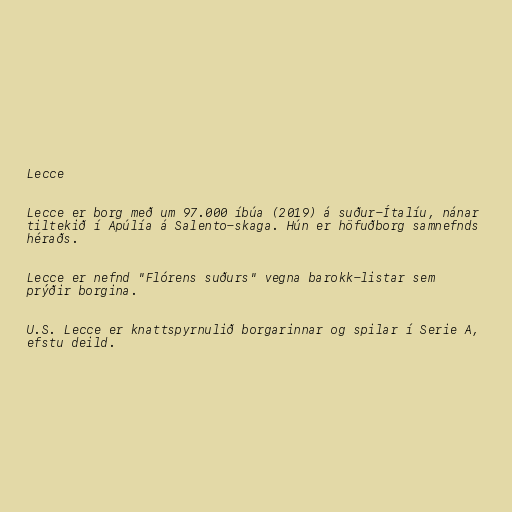
Lecce

Lecce er borg með um 97.000 íbúa (2019) á suður-Ítalíu, nánar
tiltekið í Apúlía á Salento-skaga. Hún er höfuðborg samnefnds
héraðs.

Lecce er nefnd "Flórens suðurs" vegna barokk-listar sem
prýðir borgina.

U.S. Lecce er knattspyrnulið borgarinnar og spilar í Serie A,
efstu deild.